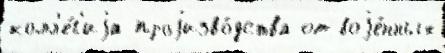
колл'е́г'иjа проjизво́дства от воjе́нных